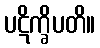
ပဋိက္ခိပတိ။